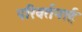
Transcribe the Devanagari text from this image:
परिवर्तनार्ह